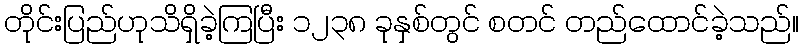
တိုင်းပြည်ဟုသိရှိခဲ့ကြပြီး ၁၂၃၈ ခုနှစ်တွင် စတင် တည်ထောင်ခဲ့သည်။